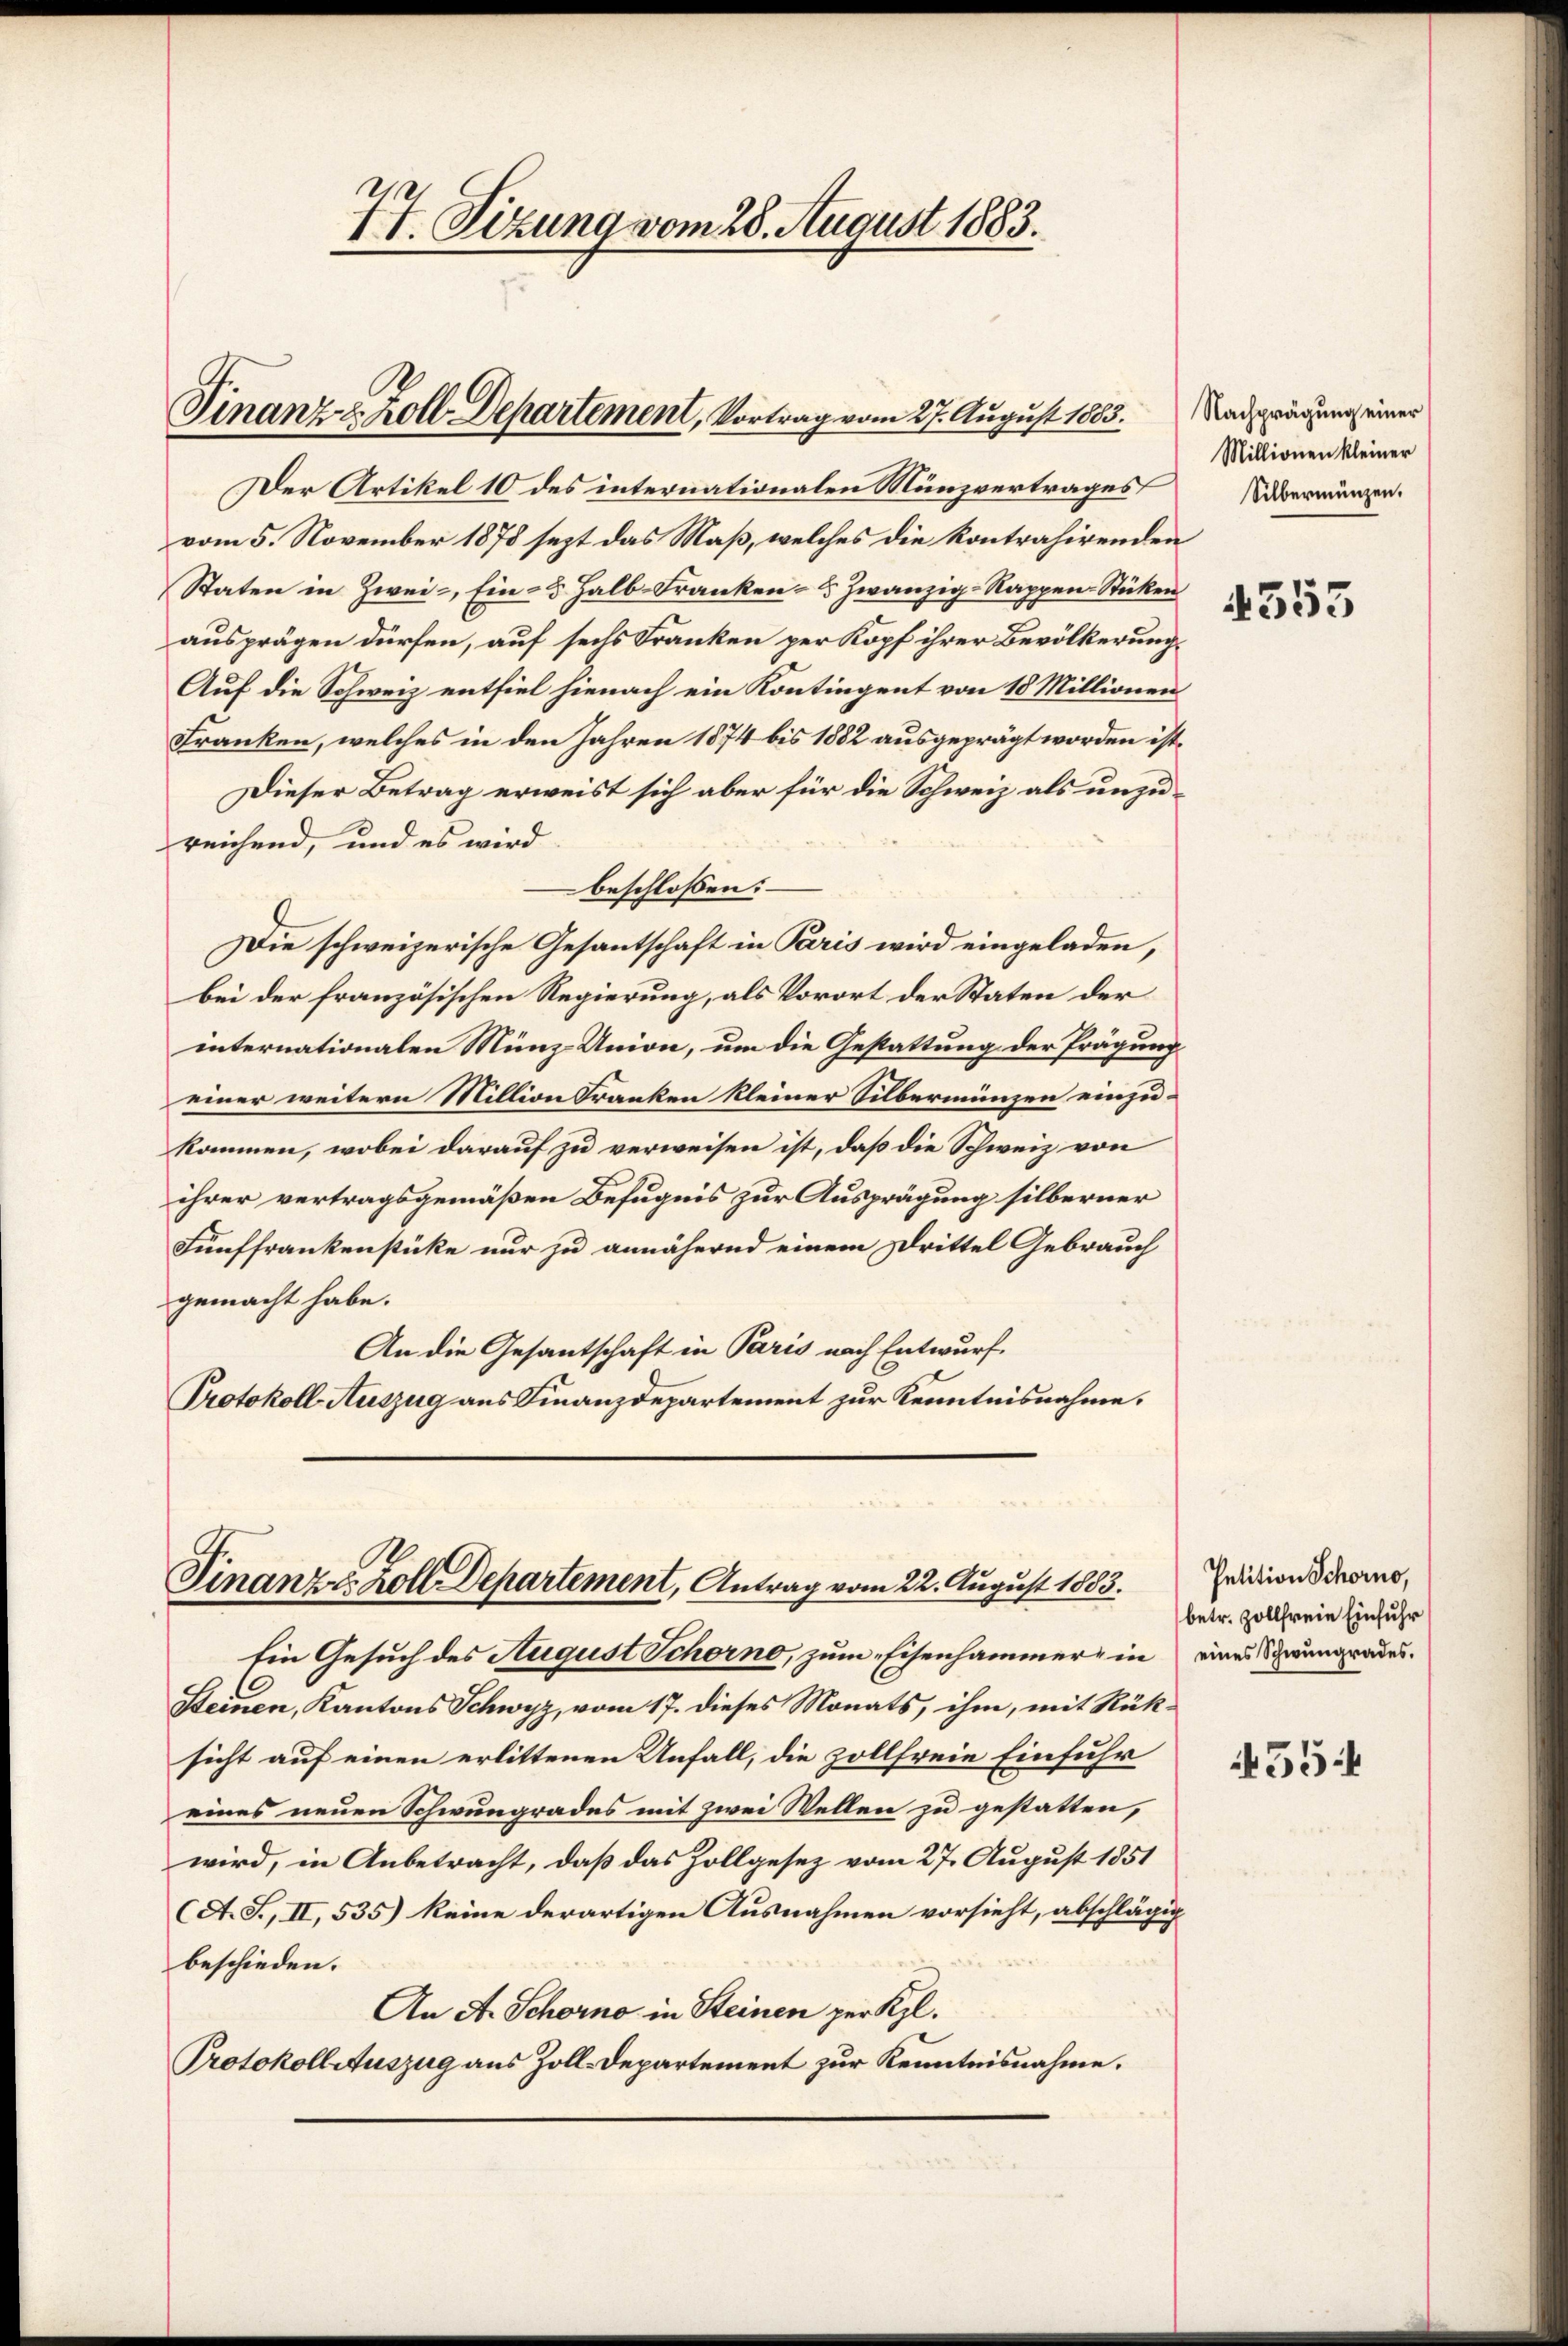
77. Sizung vom 28. August 1883.

Finanz u. Zoll Departement, Vortrag vom 27. August 1883.

Finanze Zoll Departement, Antrag vom 22. August 1883.

Der Artikel 10 des internationalen Münzvertrages
vom 5. November 1878 sezt das Maß, welches die Kontrahirenden
Staten in Zwei Ein- 5 Halb-Franken- & zwanzig-Rappen-Stücken
ausprägen dürfen, auf sechs Franken per Kopf ihrer Bevölkerung¬
Auf die Schweiz entfiel hienach ein Kontingent von 18 Millionen
Franken, welches in den Jahren 1874 bis 1882 ausgeprägt worden ist,
Dieser Betrag erweist sich aber für die Schweiz als unzureichend, und es wird
beschlossen:
Die schweizerische Gesantschaft in Paris wird eingeladen,
bei der französischen Regierung, als Vorort der Staten der
internationalen Münz-Union, um die Gestattung der Prägung
einer weitern Million Kranken kleiner Silbermünzen einzukommen, wobei darauf zu verweisen ist, daß die Schweiz von
ihrer vertragsgemäßen Befugnis zur Ausprägung silberner
Fünffrankenstücke nur zu annähernd einem Drittel Gebrauch
gemacht habe.
An die Gesantschaft in Paris nach Entwurf
Protokoll Auszug aus Finanzdepartement zur Kenntnisnahme.

Ein Gesuch des August Schorno, zum Eisenhammer in eines Schwungrades.
6
Steinen, Kantons Schwyz, vom 17. dieses Monats, ihm, mit Rüksicht auf einen erlittenen Unfall, die zollfreie Einfuhr
eines neuen Schwungrades mit zwei Wellen zu gestatten,
wird, in Anbetracht, daß das Zollgesez vom 27. August 1851
A. S., II, 535) keine derartigen Ausnahmen vorsieht, abschlägig
beschieden.
An A. Schorno in Steinen per Kgl.
Protokollauszug aus Zoll-Departement zur Kenntnisnahme.

Nachprägung einer
Millionen kleiner
Silbermünzen.

4353

Petition Schorno,
betr. Zollfreie Einfuhr

554